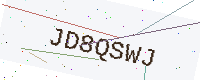
Text: JD8QSWJ